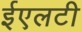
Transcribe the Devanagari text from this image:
ईएलटी